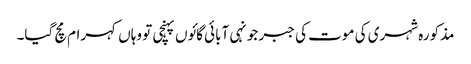
مذکورہ شہری کی موت کی جبر جونہی آبائی گائوں پہنچی تو وہاں کہرام مچ گیا۔